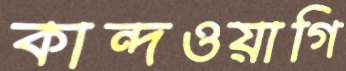
কান্দওয়াগি